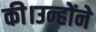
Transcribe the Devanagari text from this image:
की।उन्होंने